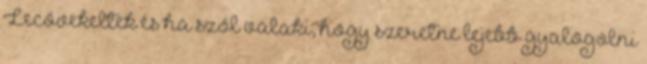
Lecövekeltek és ha szól valaki, hogy szeretne lejebb gyalogolni